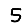
Digit: 5